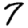
Digit: 7